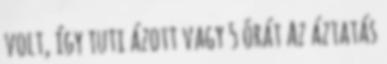
volt, így tuti ázott vagy 5 órát Az áztatás